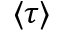
\langle \tau \rangle